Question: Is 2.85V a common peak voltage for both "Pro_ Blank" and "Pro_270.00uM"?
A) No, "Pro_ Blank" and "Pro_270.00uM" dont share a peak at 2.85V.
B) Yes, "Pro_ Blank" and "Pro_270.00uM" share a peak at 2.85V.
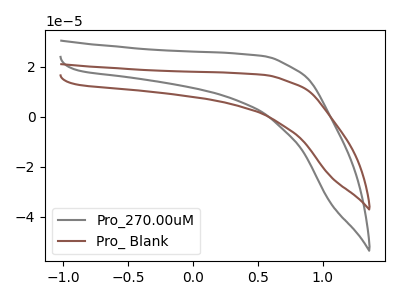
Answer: <think>The gray curve "Pro_270.00uM" has no peaks. The brown curve "Pro_ Blank" has no peaks.</think>
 <answer>A) No, "Pro_ Blank" and "Pro_270.00uM" dont share a peak at 2.85V.</answer>
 <eval>A</eval>